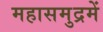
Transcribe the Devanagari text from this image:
महासमुद्रमें